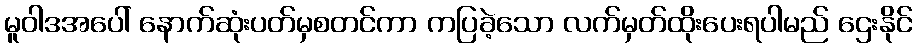
မူဝါဒအပေါ် နောက်ဆုံးပတ်မှစတင်ကာ ကပြခဲ့သော လက်မှတ်ထိုးပေးရပါမည် ဌေးနိုင်